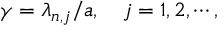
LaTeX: \gamma = \lambda _ { n , j } / a , \quad j = 1 , 2 , \cdots ,